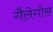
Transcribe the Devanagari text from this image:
गैलेगोस